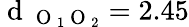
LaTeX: \mathrm{~d~}_{\mathrm{~O~}_{1}\mathrm{~O~}_{2}}=2.45